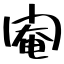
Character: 閹